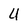
Character: U